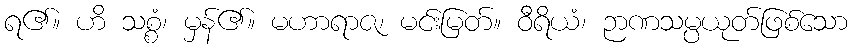
ရ၏။ ဟိ သစ္စံ၊ မှန်၏။ မဟာရာဇ၊ မင်းမြတ်။ ဝီရိယံ၊ ဉာဏသမ္ပယုတ်ဖြစ်သော